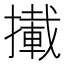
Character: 𢶪